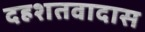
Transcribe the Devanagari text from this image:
दहशतवादास